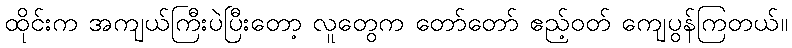
ထိုင်းက အကျယ်ကြီးပဲပြီးတော့ လူတွေက တော်တော် ဧည့်ဝတ် ကျေပွန်ကြတယ်။